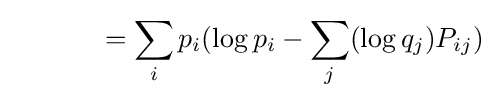
\qquad \quad \;=\sum _{i}p_{i}(\log p_{i}-\sum _{j}(\log q_{j})P_{ij})